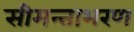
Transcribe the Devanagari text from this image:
सीमन्ताभरण